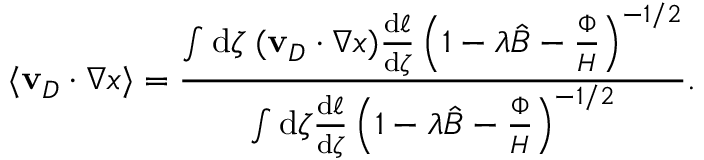
\langle \mathbf { v } _ { D } \cdot \nabla x \rangle = \frac { \int \mathrm { d } \zeta \; ( \mathbf { v } _ { D } \cdot \nabla x ) \frac { \mathrm { d } \ell } { \mathrm { d } \zeta } \left( 1 - \lambda \hat { B } - \frac { \Phi } { H } \right) ^ { - 1 / 2 } } { \int \mathrm { d } \zeta \frac { \mathrm { d } \ell } { \mathrm { d } \zeta } \left( 1 - \lambda \hat { B } - \frac { \Phi } { H } \right) ^ { - 1 / 2 } } .